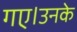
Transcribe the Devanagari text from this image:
गए।उनके